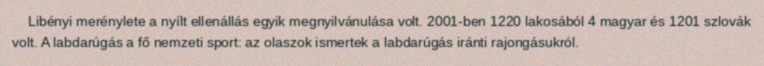
Libényi merénylete a nyílt ellenállás egyik megnyilvánulása volt. 2001-ben 1220 lakosából 4 magyar és 1201 szlovák volt. A labdarúgás a fő nemzeti sport: az olaszok ismertek a labdarúgás iránti rajongásukról.